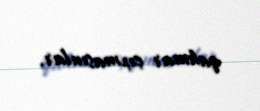
qahmar çıxmasınlar.